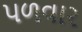
પળવાર